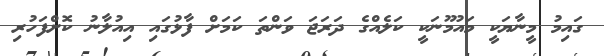
ގައިމު މީނާޔަކީ މައުމޫނަކީ ކަލެއްގެ ދަރަޖަ ވަންތަ ކަމަށް ފާޅުގައި އިއުލާނު ކޮށްފަހުރި